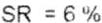
SR = 6 %